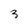
Character: 3